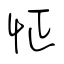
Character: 怔